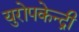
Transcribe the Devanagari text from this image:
युरोपकेन्द्री